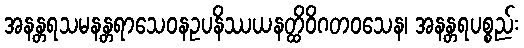
အနန္တရသမနန္တရာသေဝနဥပနိဿယနတ္ထိဝိဂတဝသေန၊ အနန္တရပစ္စည်း